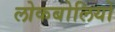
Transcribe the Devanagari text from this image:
लोकबोलियों